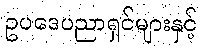
ဥပဒေပညာရှင်များနှင့်